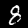
Digit: 8